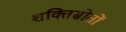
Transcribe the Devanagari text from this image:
शक्तिस्रोतों